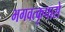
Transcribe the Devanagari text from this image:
भगवत्कृपासे